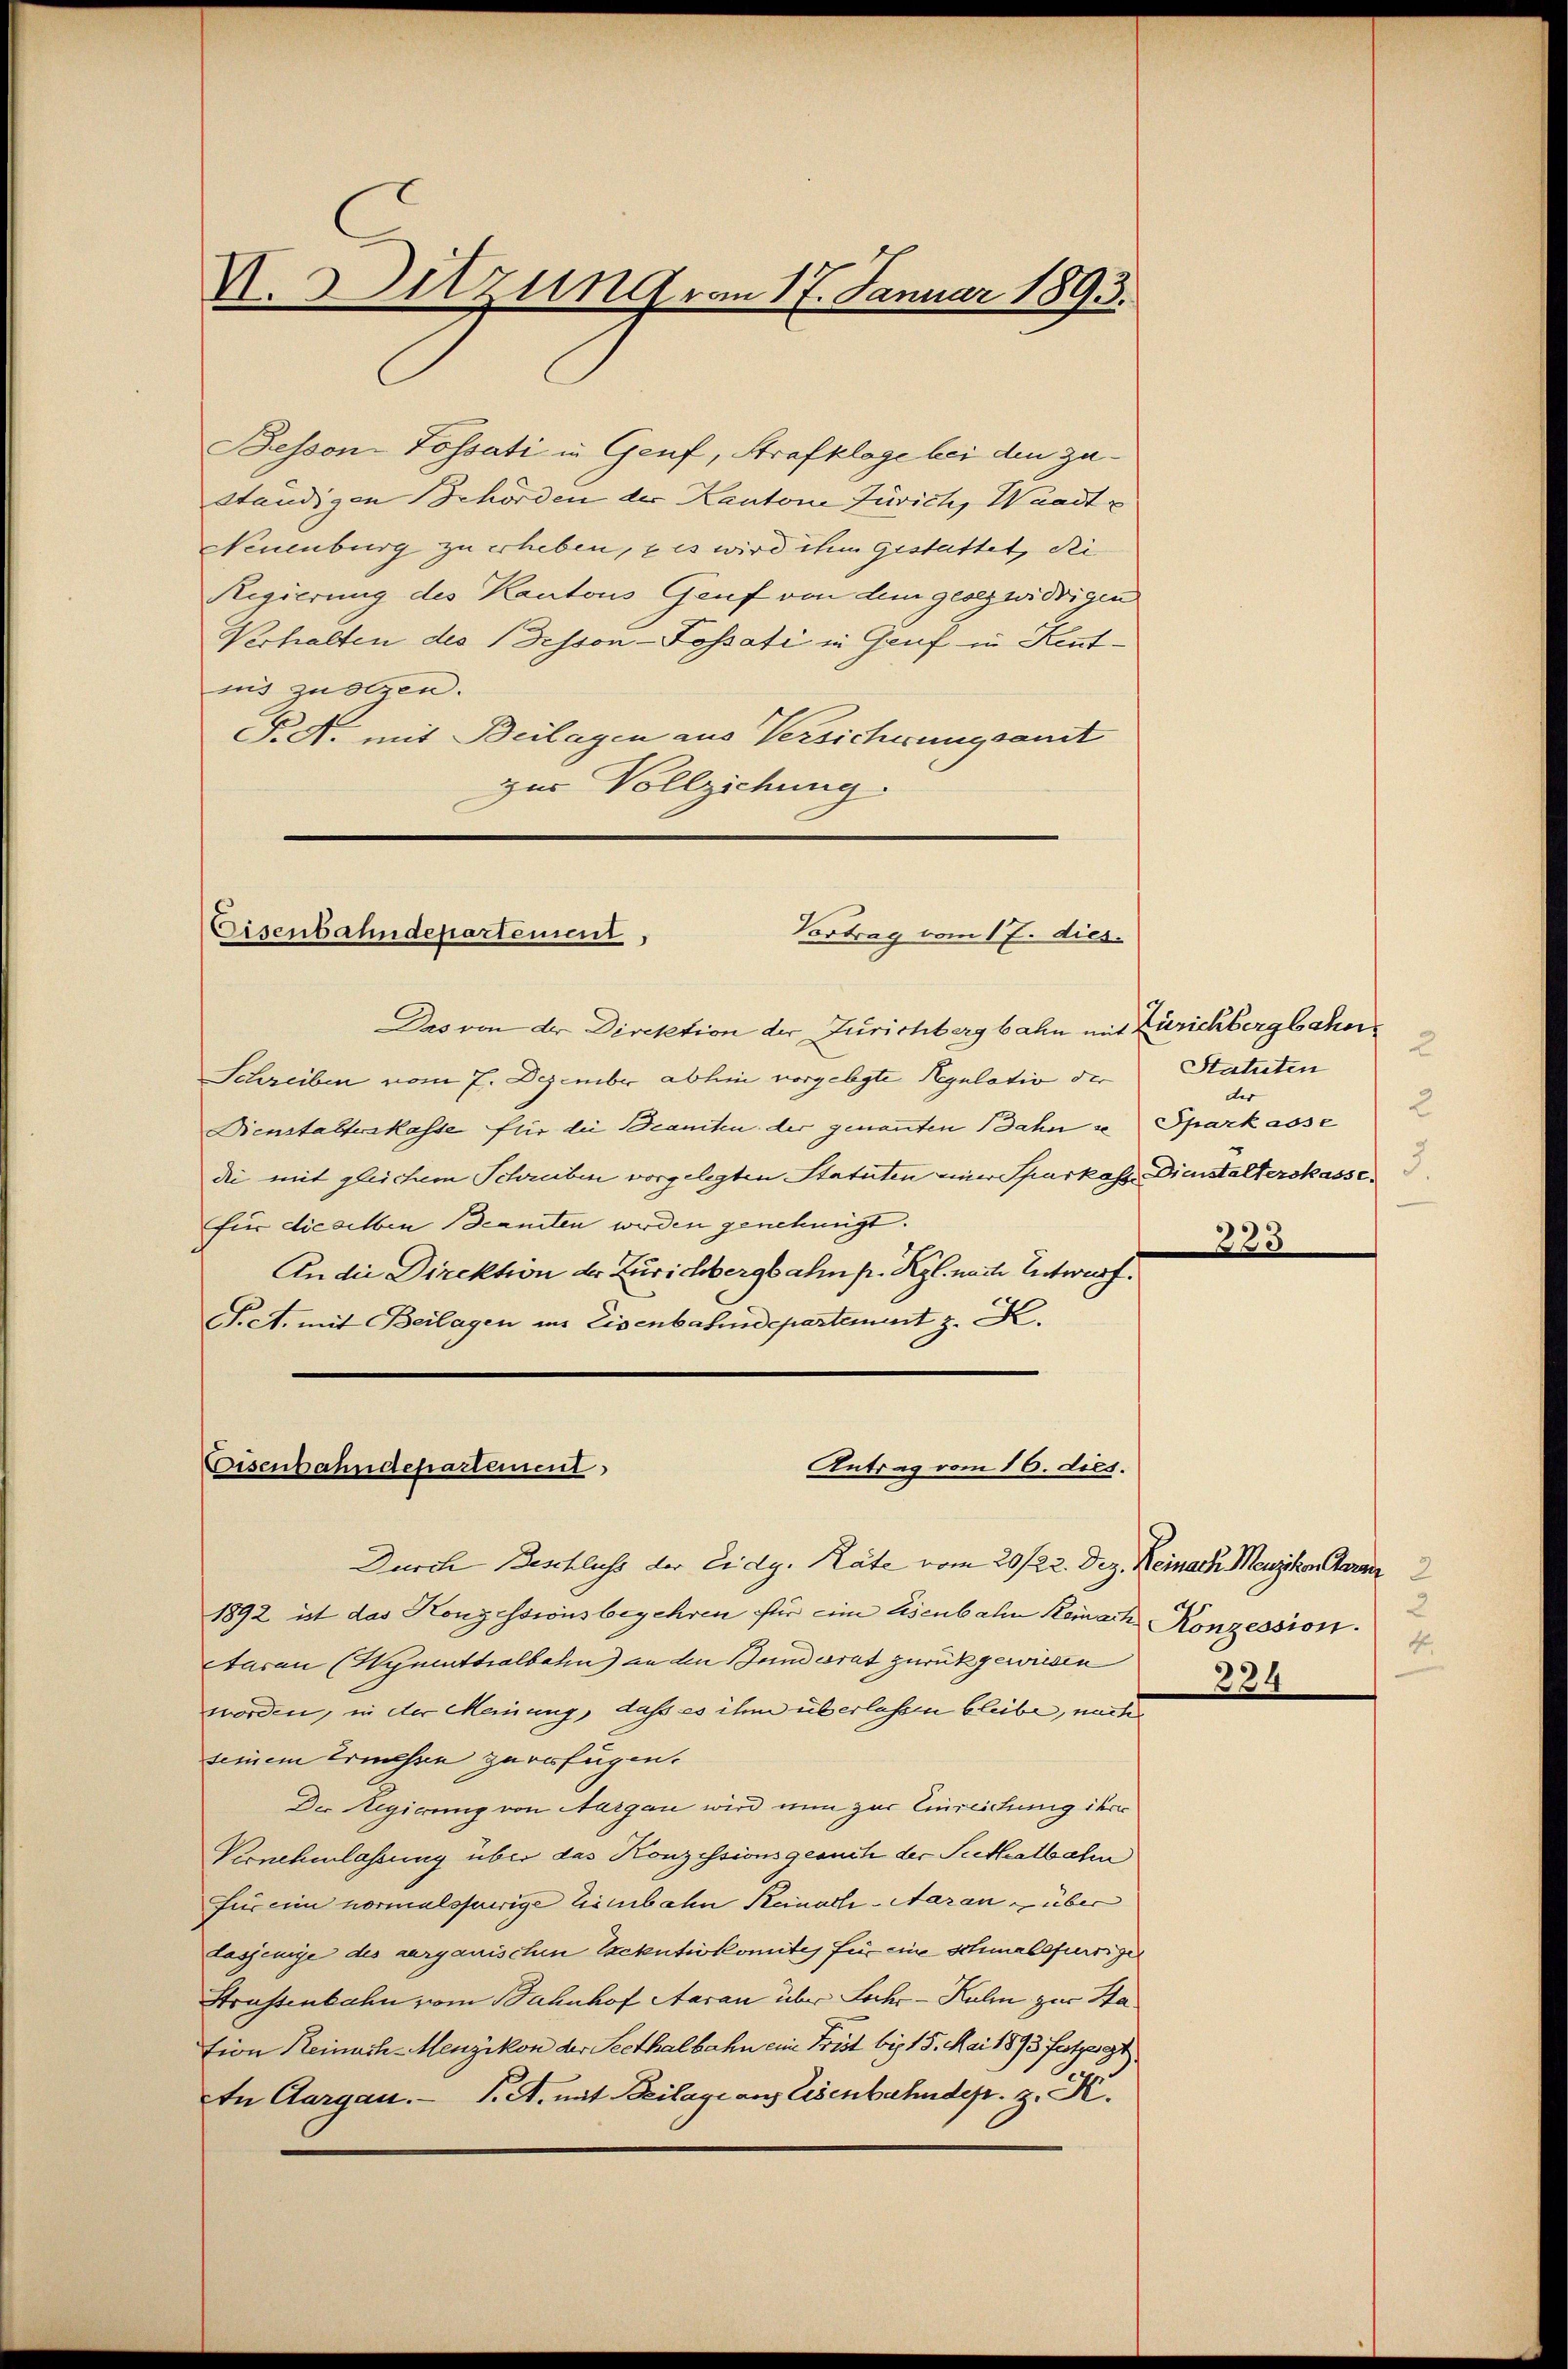
VI. Sitzung vom 17. Januar 1893.

Bessen-Tossati in Genf, Strafklage bei den zuständigen Behörden der Kantone Zürich, Waadt
Neuenburg zu erheben, & es wird ihm gestattet, die
Regierung des Kantons Genf von dem gesezwidrigen
Verhalten des Disson-Tossati in Genf in Kenntnis zuolgen.
P. d. mit Beilagen aus Versichnungsant
zur Vollziehung.

Vortrag vom 17. dies
Eisenbahndepartement,

Das von der Direktion der Zurichbergbahn mit Zürichbergbahn
Schreiben vom 7. Dezember abhin vorgelegte Regulativ der
Bienstalterskasse für die Beamten der genannten Bahn u Sparkasse
die mit gleichem Schreiben vorgelegten Statuten einer Sparkass Dienstalterskasse
für dieselben Beamten werden genehmigt.
An die Direktion der Zurichbergbahn p. Kgl. nach Entwurf.
Fict. mit Beilagen im Eisenbahndepartement z. K.

Antrag vom 16. dies.
Eisenbahndepartement

Durch Beschluss der Eidg. Räte vom 20/22. Dez. Reinach Menzikon Stern
1892 ist das Konzessionsbegehren für eine Eisenbahn Kemnach Konzession.
tarau (Hymittalbahn) an den Bundesrat zurückgewiesen
worden, in der Meinung, daß es ihm überlassen bleibe, nach
seinem Ernähre zurufügen.
Der Regierung von Margau wird nun zur Einreichung ihrer
Vernehmlassung über das Konzessionsgesuch der Seithalbahn
für ein normalspurige Leinbahn Keinach-Aarau über
lasjenige des aargauischen Exekutivkomites für eine schmalsfürtiger
Strassenbahn vom Bahnhof Aarau über Sache Kulm zur Ha
tion Reinach-Menzikon der Seethalbahn ein Frist bis 15. Mai 1893 festzeigt.
In Aargau. P. A. mit Beilage aus Eisenbahndepr. z. K.

Statuten
der
225

2
A
334